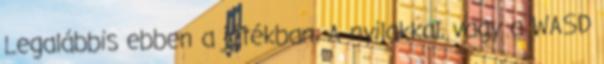
Legalábbis ebben a játékban. A nyilakkal, vagy a WASD